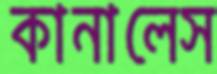
কানালেস